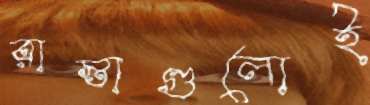
রাস্তাগুলোই